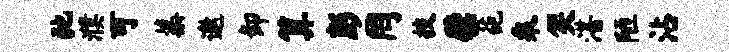
弛濮可蕖邀卸算彭罔技檗葩乘笑湛陋沾